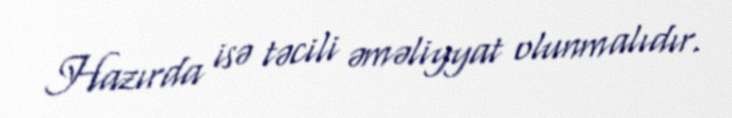
Hazırda isə təcili əməliyyat olunmalıdır.